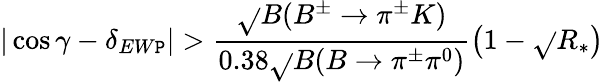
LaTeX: |\cos\gamma-\delta_{EW\mathtt{P}}|>\frac{{\sqrt{}{{B(B^{\pm}\to\pi^{\pm}K)}}}}{{0.38\sqrt{}{{B(B\to\pi^{\pm}\pi^{0})}}}}\left(1-\sqrt{}{{R_{*}}}\right)